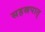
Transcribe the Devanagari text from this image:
सहस्रपात्